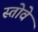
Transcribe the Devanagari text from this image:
स्तोवे